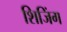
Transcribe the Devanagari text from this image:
शिजिंग